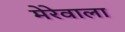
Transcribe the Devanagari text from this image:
मेरेवाला